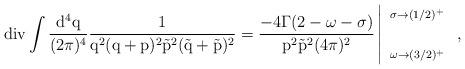
LaTeX: \begin{align*}\rm div \int \frac{d^4q}{(2\pi)^4}\frac{1}{q^2(q+p)^2\vec{p}^2(\vec{q}+\vec{p})^2} = \frac{-4\Gamma(2-\omega-\sigma)}{p^2\vec{p}^2 (4\pi)^2} \left|{\begin{array}{l}{\scriptstyle \sigma \to (1/2)^+}\\\\{\scriptstyle \omega \to (3/2)^+}\\\end{array}}~, \right.\end{align*}